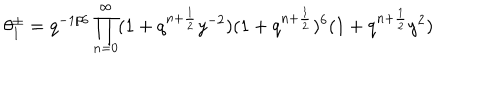
\theta _ { 1 } ^ { \pm } = q ^ { - 1 / 6 } \prod _ { n = 0 } ^ { \infty } ( 1 + q ^ { n + \frac { 1 } { 2 } } y ^ { - 2 } ) ( 1 + q ^ { n + \frac { 1 } { 2 } } ) ^ { 6 } ( 1 + q ^ { n + \frac { 1 } { 2 } } y ^ { 2 } )